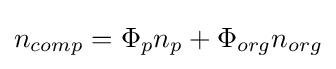
{n_{comp}}={\Phi _{p}}{n_{p}}+{\Phi _{org}}{n_{org}}